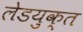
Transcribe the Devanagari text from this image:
लेडयुक्त